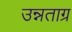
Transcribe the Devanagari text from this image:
उन्नताग्र